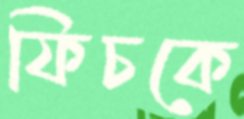
ফিচকে